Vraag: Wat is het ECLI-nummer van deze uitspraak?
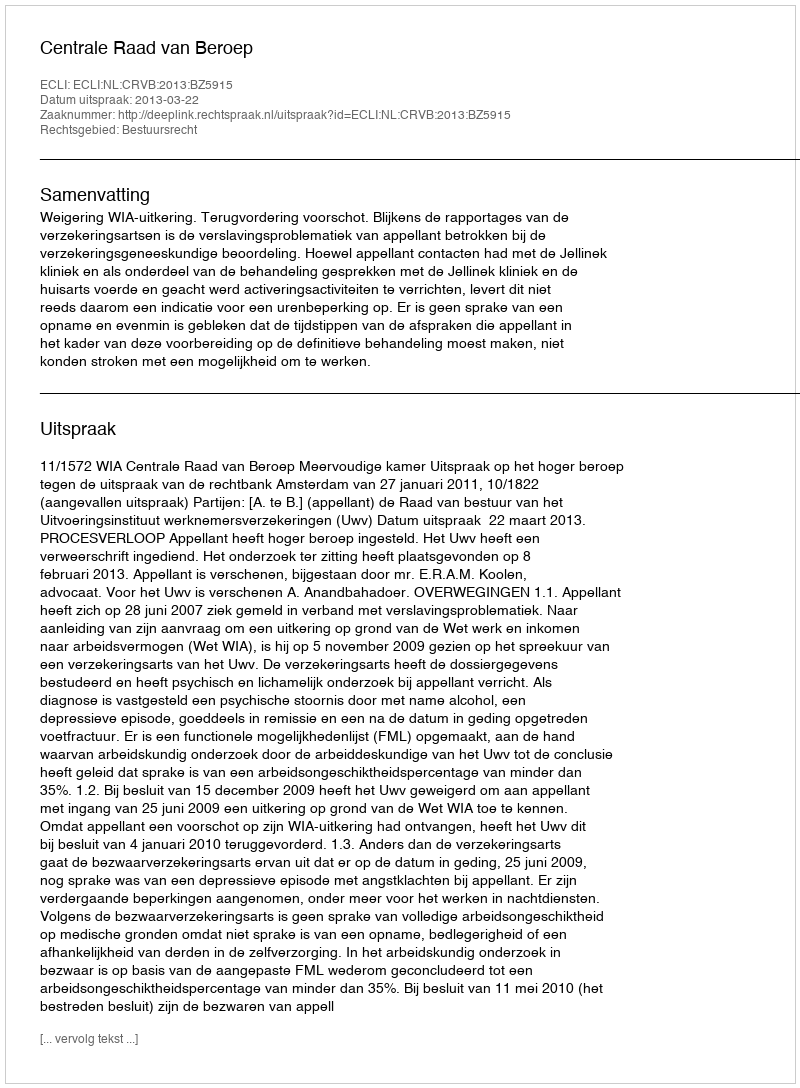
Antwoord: ECLI:NL:CRVB:2013:BZ5915